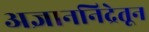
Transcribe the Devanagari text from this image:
अज्ञाननिद्रेतून